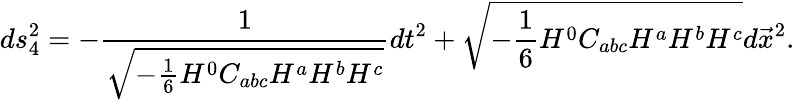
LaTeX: ds_{4}^{2}=-{\frac{1}{\sqrt{-{\frac{1}{6}}H^{0}C_{abc}H^{a}H^{b}H^{c}}}}dt^{2}+\sqrt{-{\frac{1}{6}}H^{0}C_{abc}H^{a}H^{b}H^{c}}d\vec{x}^{2}.